Civil Veterinary Department Bihar & Orissa reports 1922-29 - 1922-1929
Year: 1922
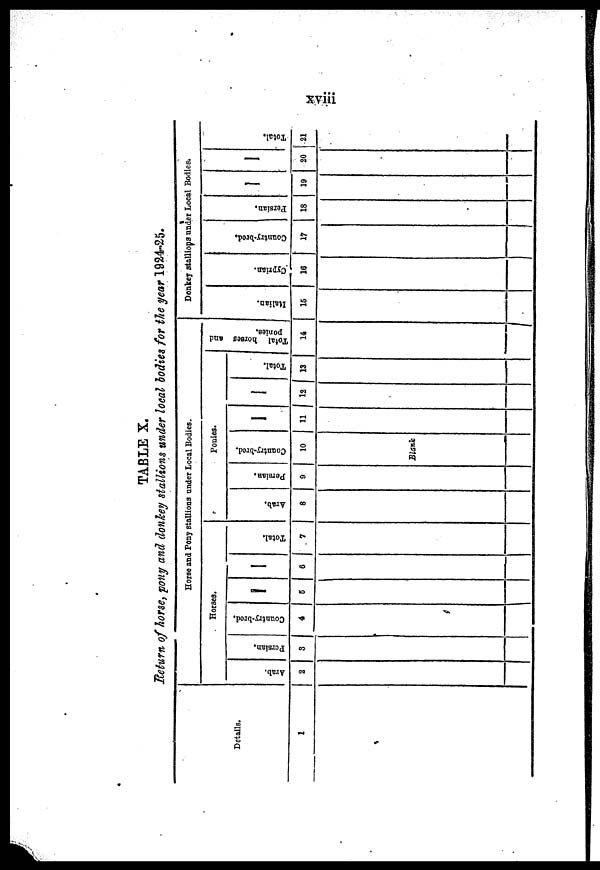
xviii
TABLE X.
Return of horse, pony and donkey stallions under local bodies for the year 1924-25.
Details.
1
Horse and Pony stallions under Local Bodies.
Horses.
Arab.
2
Persian,
3
Country-bred.
4
5
6
Total,
7
Ponies.
Arab,
8
Persian.
9
Coantry-bred.
10
Blank
11
12
Total.
13
Total horses and
ponies.
14
Donkey stallions under Local Bodies.
Italian.
15
Cyprian.
16
Country-bred,
17
Persian,
18
19
20
Total.
21